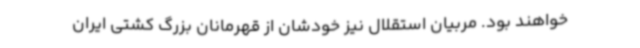
خواهند بود. مربیان استقلال نیز خودشان از قهرمانان بزرگ کشتی ایران